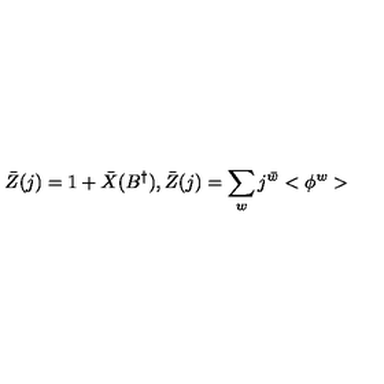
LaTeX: \bar { Z } ( j ) = 1 + \bar { X } ( B ^ { \dagger } ) , \bar { Z } ( j ) = \sum _ { w } j ^ { \bar { w } } < \phi ^ { w } >